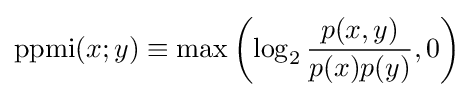
\operatorname {ppmi} (x;y)\equiv \max \left(\log _{2}{\frac {p(x,y)}{p(x)p(y)}},0\right)